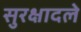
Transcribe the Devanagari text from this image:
सुरक्षादले